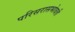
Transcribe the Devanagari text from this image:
परिसरासभोवती